Vaccination report Assam 1896-1927 - 1896-1927
Year: 1896
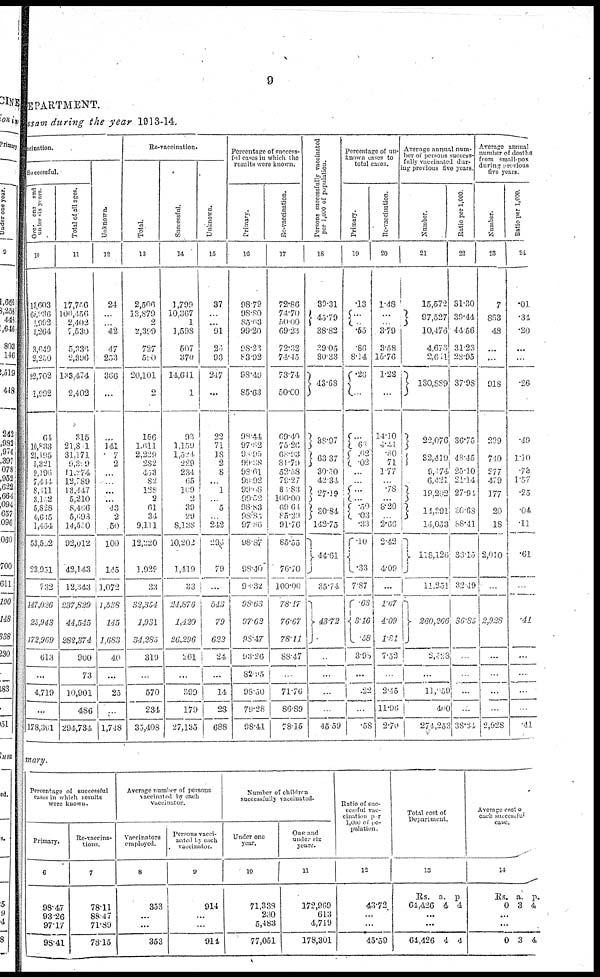
9
DEPARTMENT.
Assam during the year 1913-14.
vaccinntion.
Successful.
O
ver one and
under six years.
10
13,603
68,936
1,992
1,264
3,649
2,250
2,702
1,992
64
10,833
21,195
5,321
9,196
7,414
8,411
3,152
5,828
4,615
1,454
53 592
23,951
732
117,026
27,943
172,969
613
...
4,719
...
178,301
Total of all ages.
11
17,776
100,456
2,402
7,530
5, 336
2,396
133,474
2,402
315
21,841
31,171
9,399
11,274
12,789
13,447
5,210
8,466
5,698
14,550
92,012
42,143
12,343
237,829
44,545
282,374
900
73
10,901
486
294,734
Unknown.
12
24
...
...
42
47
253
366
...
...
141
7
2
...
...
...
...
43
2
50
100
145
1,072
1,538
145
1,683
40
...
25
...
1,748
Re-vaccination.
Total.
13
2,506
13,879
2
2,399
727
590
20,101
2
156
1,611
2,229
282
453
82
128
2
61
34
9,111
12,220
1,929
33
32,354
1,931
34,285
319
...
570
234
35,408
Successful.
14
1,799
10,367
1
1,598
507
370
14,641
1
93
1,159
1,524
229
234
65
10.9
2
39
29
8,138
10,202
1,419
33
24,876
1,120
26,296
261
...
399
179
27,135
Unknown.
15
37
...
...
91
26
93
217
...
22
71
18
2
8
...
1
...
5
...
242
296
79
...
543
79
622
24
...
14
28
688
Percentage of success¬
ful cases in which the
results were known.
Primary.
16
98.79
98.80
85.63
99.20
98.22
83.92
98.49
85.63
98.44
97.62
98.95
99.38
98.61
99.92
99.08
99.52
98.83
98.85
97.86
98.87
98.40
98.32
98.63
97.62
98.47
93.26
82.95
98.50
79.28
98.41
Re-vaccination.
17
72.86
74.70
50.00
69.28
72.32
74.45
73.74
50.00
69.40
75.26
68.93
81.79
52.58
79.27
85.83
100.00
69.61
85.29
91.76
85.55
76.70
100.00
78.17
76.67
78.11
88.47
...
71.76
86.89
78.15
Persons successfully vaccinated
per 1,000 of population.
18
39.31
45.79
38.82
39.05
30.33
43.68
38.97
63.37
30.50
42.34
27.19
30.84
142.75
44.61
35.74
43.72
...
...
...
...
45.59
Percentage of un-
known cases to
total cases.
Primary.
19
.13
...
.55
86
8.14
.26
...
...
63
.02
.02
...
...
...
...
.50
.03
.33
10
.33
7.87
.66
3.16
.58
3.98
...
.22
...
.58
Re-vaccination.
20
1.48
...
3.79
3.58
15.76
1.22
...
14.10
4.41
.80
71
1.77
...
.78
...
8.20
...
2.66
2.42
4.09
...
1.67
4.09
1.81
7.52
...
2.45
11.96
2.70
Average annual num-
ber of persons success¬
fully vaccinated dur-
ing previous five years.
Number.
21
15,572
97,527
10,476
4,673
2,611
130,889
22,076
32,419
9,174
6,421
19,292
14,291
14,053
118,120
11,251
260,266
...
...
11,059
400
274,253
Ratio per 1,000.
22
31.30
39.44
44.56
31.23
28.95
37.98
36.75
48.45
25.10
21.14
27.94
30.68
88.41
36.15
32.49
36.85
...
...
...
...
38.84
Average annual
number of deaths
from small-pox
during previous
five years
Number.
23
7
863
48
...
...
918
299
740
277
479
177
20
18
2,010
...
2,928
...
...
...
...
2,928
Ratio per 1,000.
24
.01
.34
.20
...
...
.26
.49
1.10
.73
1.57
.25
.04
.11
.61
...
.41
...
...
..
...
.41
mary.
Percentage of successful
cases in which results
were known.
Primary.
6
98.47
93.26
97.17
98.41
Re-vaccina¬
tions.
7
78.11
88.47
71.89
78.15
Average number of persons
vaccinated by each
vaccinator.
Vaccinators
employed.
8
353
...
...
353
Persons vacci¬
nated by each
vaccinator.
9
914
...
...
914
Number of children
successfully vaccinated.
Under one
year.
1 0
71,338
230
5,483
77,051
One and
under six
years.
11
172,969
613
4,719
178,301
Ratio of suc-
cessful vac¬
cination per
1,000 of po-
pulation.
12
43.72
...
...
45.59
Total cost of
Department.
13
Rs.
61,426
a.
4
p.
4
...
...
64,426 4 4
Average cost of
each successful
case.
14
Rs.
0
a.
3
p.
4
...
...
0 3 4